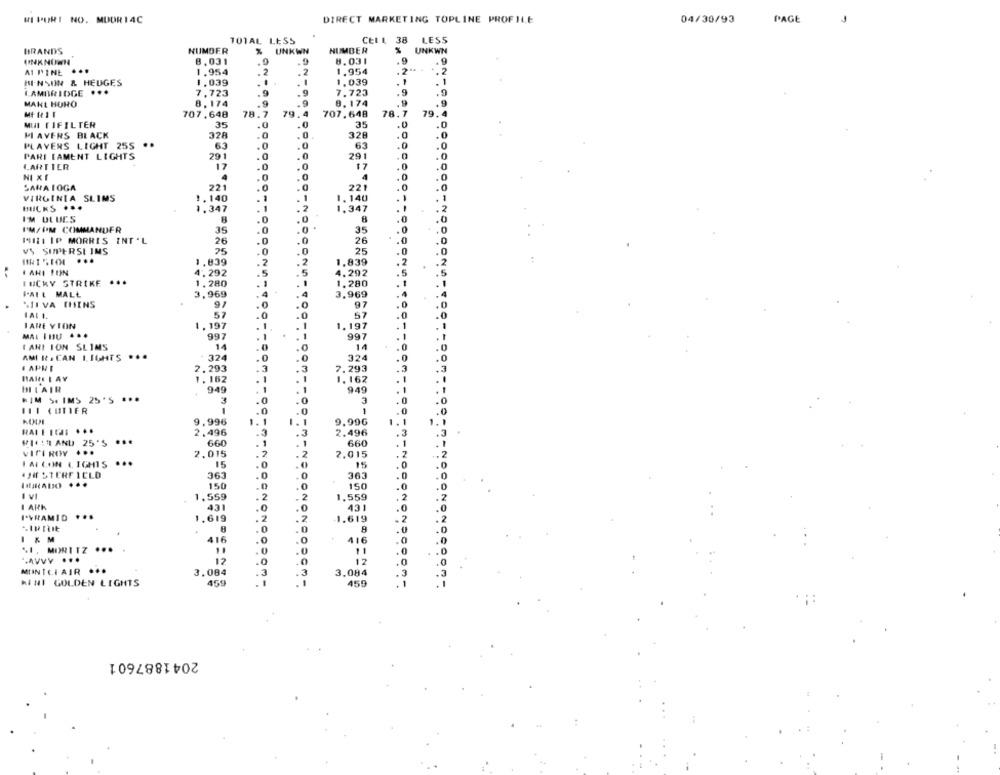
WI PORI NO. MUDR14C
DIRECT MARKETING TOPLINE PROFILE
04/30/93
PAGE
TOTAL LESS
CELL 38 LESS
BRANDS
NUMBER
UNKWN
NUMBER
UNKWN
UNKNOWN
8,031
8.031
.9
.9
ALPINE
1.954
2
1.954
HI-NYON & HEDGES
1.039
1.039
. 1
LAMBRIDGE ...
7,723
7.723
9
8.174
.9
MAKL HURO
.9
8.174
MARII
707.648
78.7
707,648
78.7 79.4
79.4
MUI FIFILTER
35
.0
35
.0
.0
0
HAVERS BLACK
328
328
.0
.0
PLAYERS LIGHT 25S
63
63
.0
.0
PARI LAMENT LIGHTS
29
0
29
.0
.0
CARTIER
17
17
.0
NI XI
4
0
.0
SARATOGA
221
.0
.0
-0
221
VIRGINIA SLIMS
1.140
1
1,140
1.347
1.347
.2
I'M BLUES
.0
.0
.0
I'M/PM COMMANDER
39
.0
35
.0
.0
IMIZI IP MORRIS INT 'L
26
0
26
.0
VS SUPERSI IMS
25
0
25
.0
..
1.839
1.839
.2
AHI ION
4.292
4.292
5
LUCKY STRIKE ...
1,280
1.280
FALL MALL
3,969
3,969
91
0
97
SILVA THINS
57
0
0
57
IARE YION
1.197
1.197
MAL INU ...
997
997
CANI ION SLIMS
14
14
AMI R. CAN LIGHTS ...
324
324
.0
. APRI
2.293
3
7.293
.3
3
1.162
1,162
BLAIR
949
949
HIM SIMS 25'S ***
3
0
3
0
0
.0
KOUI
9,996
1
9,99G
1.1
1.1
2.496
3
2.496
.3
.3
PILI AND 25'5 ***
660
660
. 1
VICI ROY
2,015
2
2,015
.2
IMCON LIGHTS ...
15
0
15
.0
.0
.JE STERF ICLD
363
363
.0
.0
.0
150
-
.0
150
.0
I vl
1,559
. 2
- 2
1.559
.2
I ARK
431
.0
431
.0
I*VRAMID
..
1.619
.2
1.619
.2
.2
8
.0
I & M
416
.0
.0
416
.0
41. MORITZ ...
.0
11
.0
.. AVVY ...
12
12
.0
MINTLI AIR
.
3.084
3
3
3.084
.3
MINI GOLDEN LIGHTS
459
. 1
459
.1
2041887601